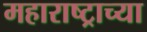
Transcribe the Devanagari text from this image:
महाराष्‍ट्राच्या